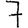
Digit: 7